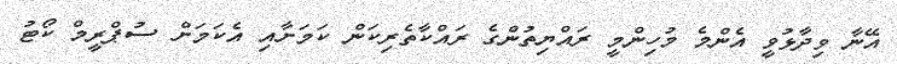
އޭނާ ވިދާޅުވީ އެންމެ މުހިންމީ ރައްޔިތުންގެ ރައްކާތެރިކަން ކަމަށާއި އެކަމަށް ސުޕްރީމް ކޯޓު